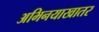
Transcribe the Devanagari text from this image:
अभिनयाखातर